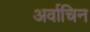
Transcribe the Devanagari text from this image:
अर्वाचिन